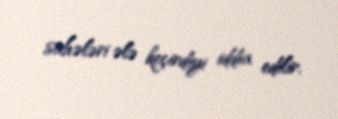
sahələri ələ keçirdiyi iddia edilir.